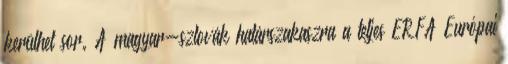
kerülhet sor. A magyar-szlovák határszakaszra a teljes ERFA Európai